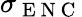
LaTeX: \sigma_{\mathrm{~E~N~C~}}